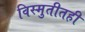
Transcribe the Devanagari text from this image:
विस्मुतीतही